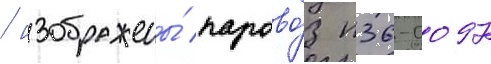
/ изображены́ парово́з п36-0097